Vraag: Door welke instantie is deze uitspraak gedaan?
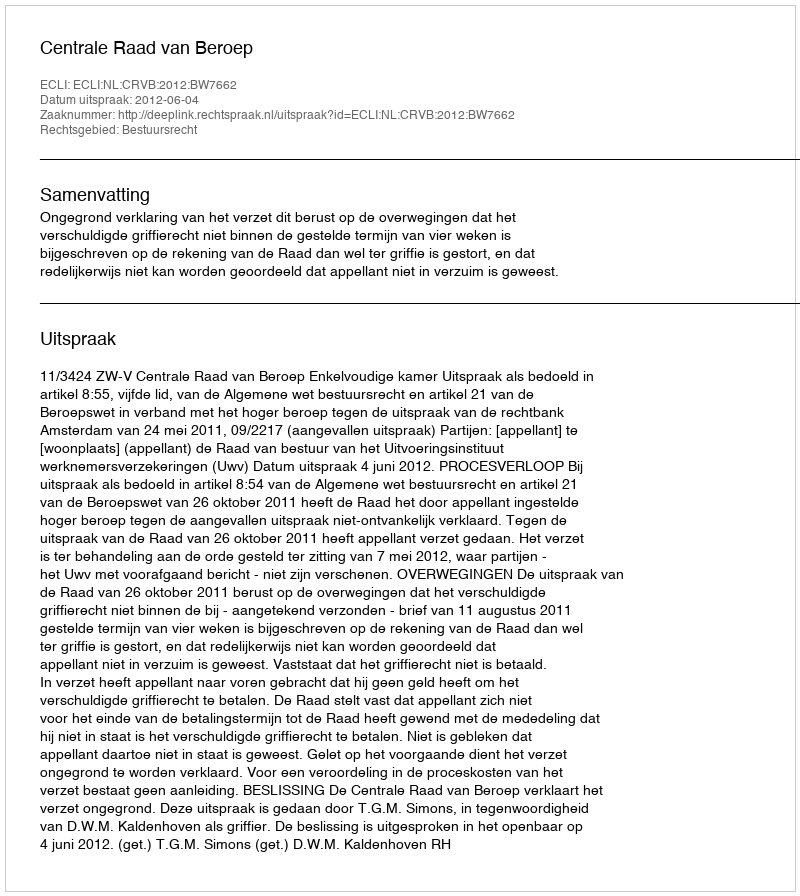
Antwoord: Centrale Raad van Beroep